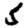
Digit: 5